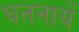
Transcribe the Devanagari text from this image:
घतनायें